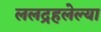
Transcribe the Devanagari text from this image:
ललद्रहलेल्या